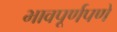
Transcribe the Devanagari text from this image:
भावपूर्णपणे